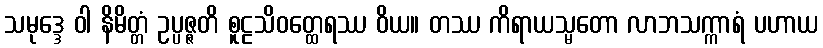
သမုဒ္ဒေ ဝါ နိမိတ္တံ ဥပ္ပဇ္ဇတိ စူဠသိဝတ္ထေရဿ ဝိယ။ တဿ ကိရာယသ္မတော လာဘသက္ကာရံ ပဟာယ